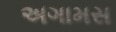
અગામસ